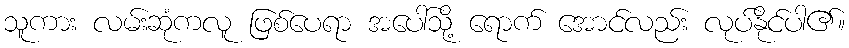
သူကား လမ်းဆုံကလူ ဖြစ်ပေရာ အပေါ်သို့ ရောက် အောင်လည်း လုပ်နိုင်ပါ၏။